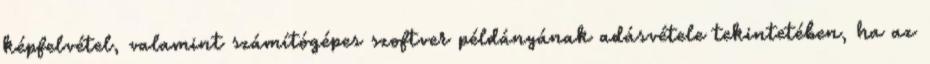
képfelvétel, valamint számítógépes szoftver példányának adásvétele tekintetében, ha az